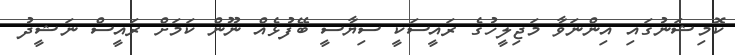
ކޮމިޝަނުގައި އިންނަވާ މަޖިލީހުގެ ރައީސަކީ ސިޔާސީ ބޭފުޅެއް ނޫން ކަމަށް ރައީސް ނަޝީދު